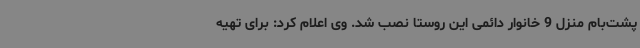
پشت‌بام منزل 9 خانوار دائمی این روستا نصب شد. وی اعلام کرد: برای تهیه